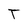
Character: T